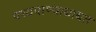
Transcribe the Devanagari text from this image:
पथ्यपाण्याबाबत